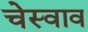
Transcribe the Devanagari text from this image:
चेस्वाव